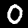
Label: 0